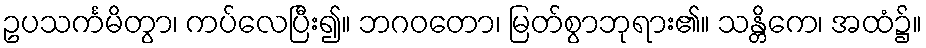
ဥပသင်္ကမိတွာ၊ ကပ်လေပြီး၍။ ဘဂဝတော၊ မြတ်စွာဘုရား၏။ သန္တိကေ၊ အထံ၌။